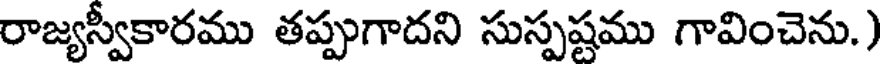
రాజ్యస్వీకారము తప్పుగాదని సుస్పష్టము గావించెను.)